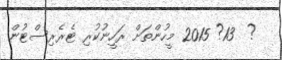
?  13? 2015 މީހުންތަށް ރަހީނުކުރި ޓެރެރިސްޓުން